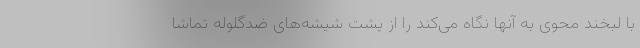
با لبخند محوی به آنها نگاه می‌کند را از پشت شیشه‌های ضدگلوله تماشا